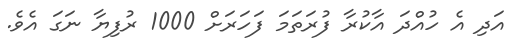
އަދި އެ ހުއްދަ އާކުރާ ފުރަތަމަ ފަހަރަށް 1000 ރުފިޔާ ނަގަ އެވެ.